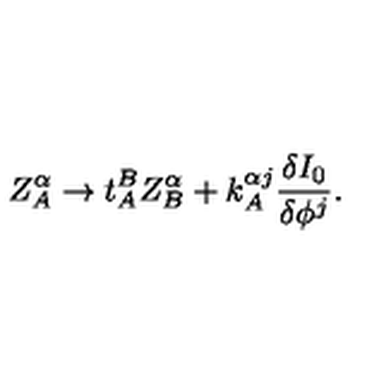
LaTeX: Z _ { A } ^ { \alpha } \rightarrow t _ { A } ^ { B } Z _ { B } ^ { \alpha } + k _ { A } ^ { \alpha j } \frac { \delta I _ { 0 } } { \delta \phi ^ { j } } .